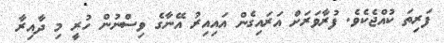
ފަރިތަ ކުއްޖެކެވެ. ފުރާވަރަށް އަރައިގެން އައިއިރު އޭނާގެ ވިސްނުން ހުރީ މި ދާއިރާ